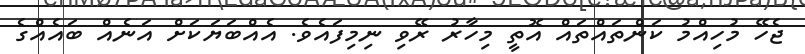
ޖެހޭ މުހިއްމު ކަންތައްތައް އޮތީ މިހާރު ރޭވި ނިމިފައެވެ. އެއްބަޔަކަށް އަނެއް ބައެއްގެ